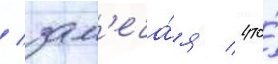
/ зам'еча́я / что́